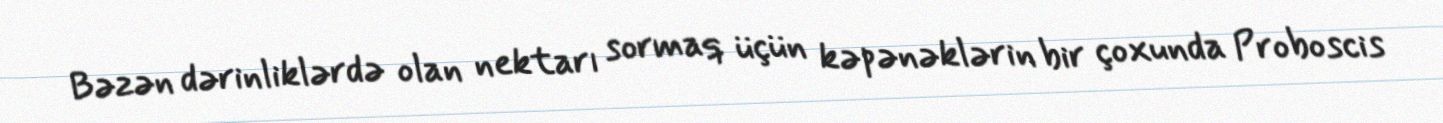
Bəzən dərinliklərdə olan nektarı sormaq üçün kəpənəklərin bir çoxunda Proboscis